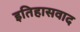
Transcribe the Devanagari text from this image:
इतिहासवाद